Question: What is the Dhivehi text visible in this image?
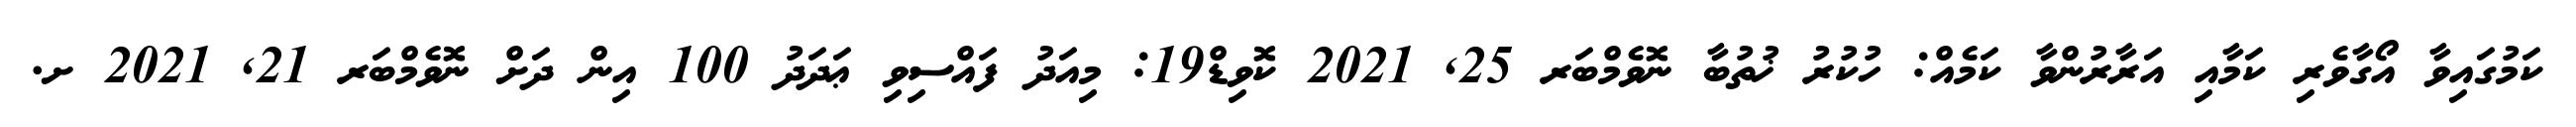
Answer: ކަމުގައިވާ އޯގާވެރި ކަމާއި އަރާރުންވާ ކަމެއް: ހުކުރު ޚުތުބާ ނޮވެމްބަރ 25, 2021 ކޮވިޑް19: މިއަދު ފައްސިވި ޢަދަދު 100 އިން ދަށް ނޮވެމްބަރ 21, 2021 ށ.